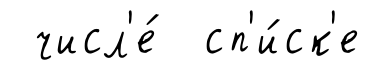
числ'е́ сп'и́ск'е